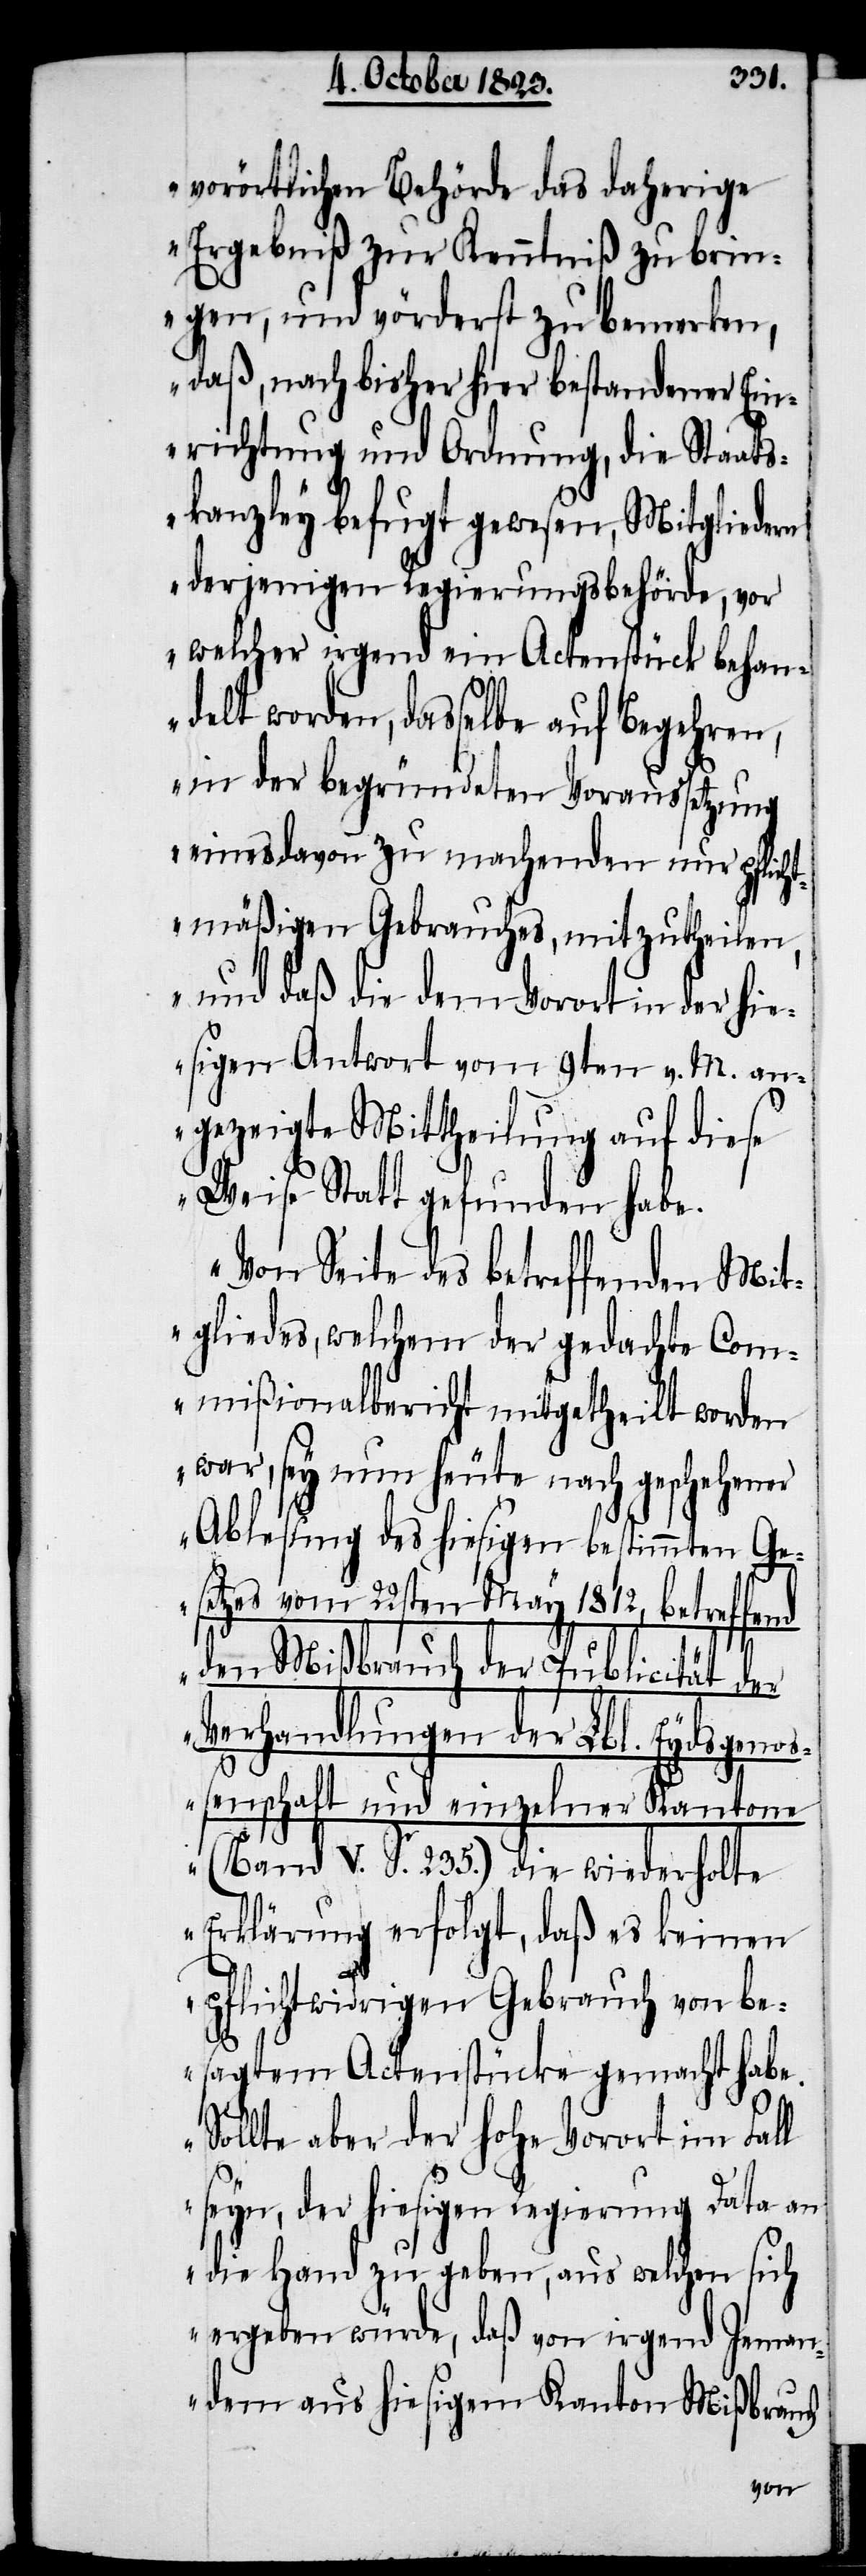
vorörtlichen Behörde das daherige
Ergebniß zur Kenntniß zu brin¬
gen, und vörderst zu bemerken,
daß, nach bisher hier bestandener Ein¬
richtung und Ordnung, die Staats¬
kanzley befugt gewesen, Mitgliedern
derjenigen Regierungsbehörde, vor
welcher irgend ein Actenstück behan¬
delt worden, dasselbe auf Begehren,
in der begründeten Voraussetzung
eines davon zu machenden nur pflicht¬
mäßigen Gebrauches, mitzutheilen,
und daß die dem Vorort in der hie¬
sigen Antwort vom 9ten v. M. an¬
gezeigte Mittheilung auf diese
Weise Statt gefunden habe.
Von Seite des betreffenden Mit¬
gliedes, welchem der gedachte Com¬
mißionalbericht mitgetheilt worden
war, sey nun heute nach geschehener
Ablesung des hiesigen bestimmten Ge¬
setzes vom 22sten May 1812, betreffend
den Mißbrauch der Publicität der
Verhandlungen der Lbl. Eydsgen¬
oßenschaft und einzelner Kantone
(Band V. S. 235.) die wiederholte
Erklärung erfolgt, daß es keinen
pflichtwidrigen Gebrauch von be¬
sagtem Actenstücke gemacht habe.
Sollte aber der hohe Vorort im Fall
seyn, der hiesigen Regierung Data an
die Hand zu geben, aus welchen sich
ergeben würde, daß von irgend Jeman¬
dem aus hiesigem Kanton Mißbrauch